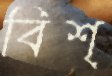
বিশ্